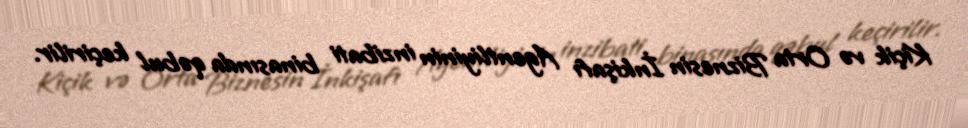
Kiçik və Orta Biznesin İnkişafı Agentliyinin inzibati binasında qəbul keçirilir.